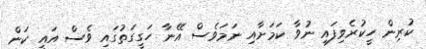
ކުރިން ހީކުރެވިފައި ނުވާ ކަމަށާއި ނަމަވެސް އޭނާ ހަގީގަތުގައި ވެސް އައީ ކަން